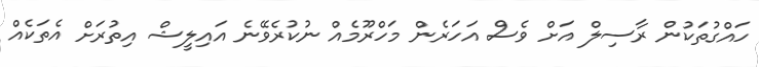
ހައްގުތަކުން ރާސިލް އަށް ވެސް އަހަރެން މަހްރޫމެއް ނުކުރެވޭނެ އައިލީޝް އިތުރަށް އެތަކެއް